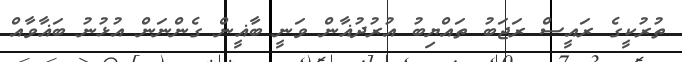
ތުރުކީގެ ރައީސް ރަޖަބު ތައްޔިބު އުރުދުޣާން ވަނީ ބާޣީން ގެންނަން އުޅުނު ބަޣާވާއް